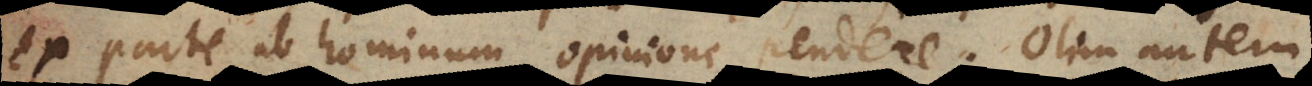
ex parte ab hominum opinione pendere. Olim autem